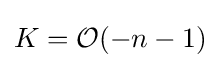
K={\mathcal {O}}(-n-1)